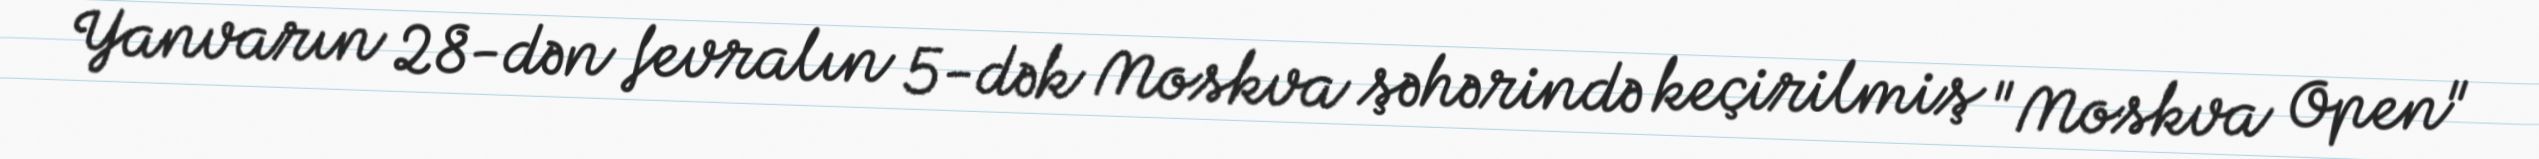
Yanvarın 28-dən fevralın 5-dək Moskva şəhərində keçirilmiş "Moskva Open"